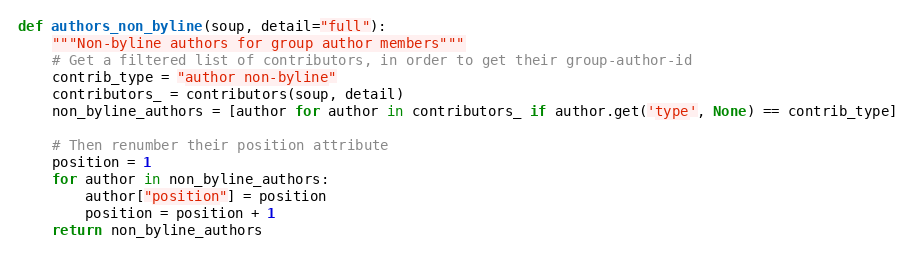
Language: Python
def authors_non_byline(soup, detail="full"):
    """Non-byline authors for group author members"""
    # Get a filtered list of contributors, in order to get their group-author-id
    contrib_type = "author non-byline"
    contributors_ = contributors(soup, detail)
    non_byline_authors = [author for author in contributors_ if author.get('type', None) == contrib_type]

    # Then renumber their position attribute
    position = 1
    for author in non_byline_authors:
        author["position"] = position
        position = position + 1
    return non_byline_authors